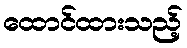
ထောင်ထားသည့်